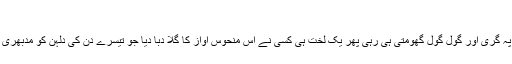
‘‘
ٹھن….ن…..نزدیک ہی کہیں زور دار آواز کے ساتھ تھالی فرش پہ گری اور گول گول گھومتی ہی رہی پھر یک لخت ہی کسی نے اس منحوس آواز کا گلا دبا دیا جو تیسرے دن کی دلہن کو مدبھری نیند سے بیدار کرنے جا رہی تھی بلکہ بیدار کر کے جا رہی تھی۔